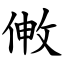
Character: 敒